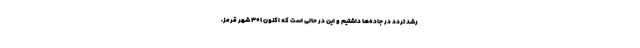
رشد تردد در جاده‌ها داشتیم و این در حالی است که اکنون ۳۰۱ شهر قرمز،